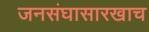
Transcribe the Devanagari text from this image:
जनसंघासारखाच